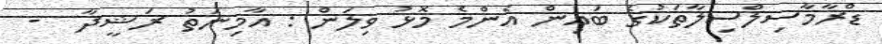
ޑްރާމާސިލްސިލާތަކުގެ ބައިން އެންމެ މޮޅު ވިލަން : އާމިނަތު ރަޝީދާ  -